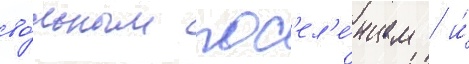
во́льным пос'ел'е́нцем / и́